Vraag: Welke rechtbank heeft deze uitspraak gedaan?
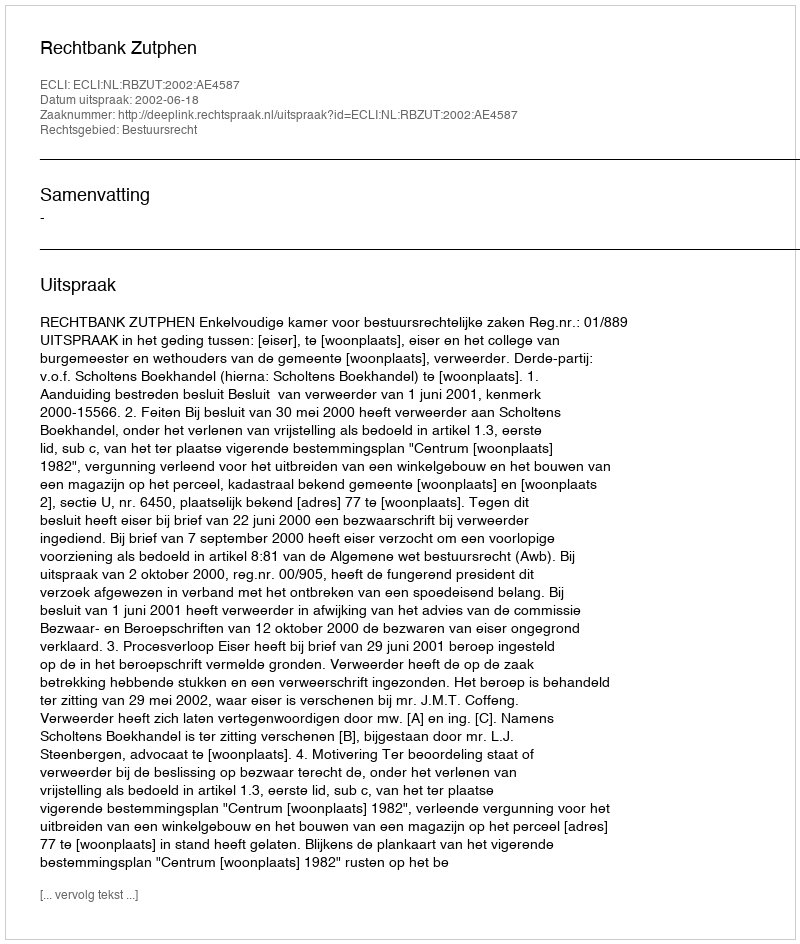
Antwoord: Rechtbank Zutphen